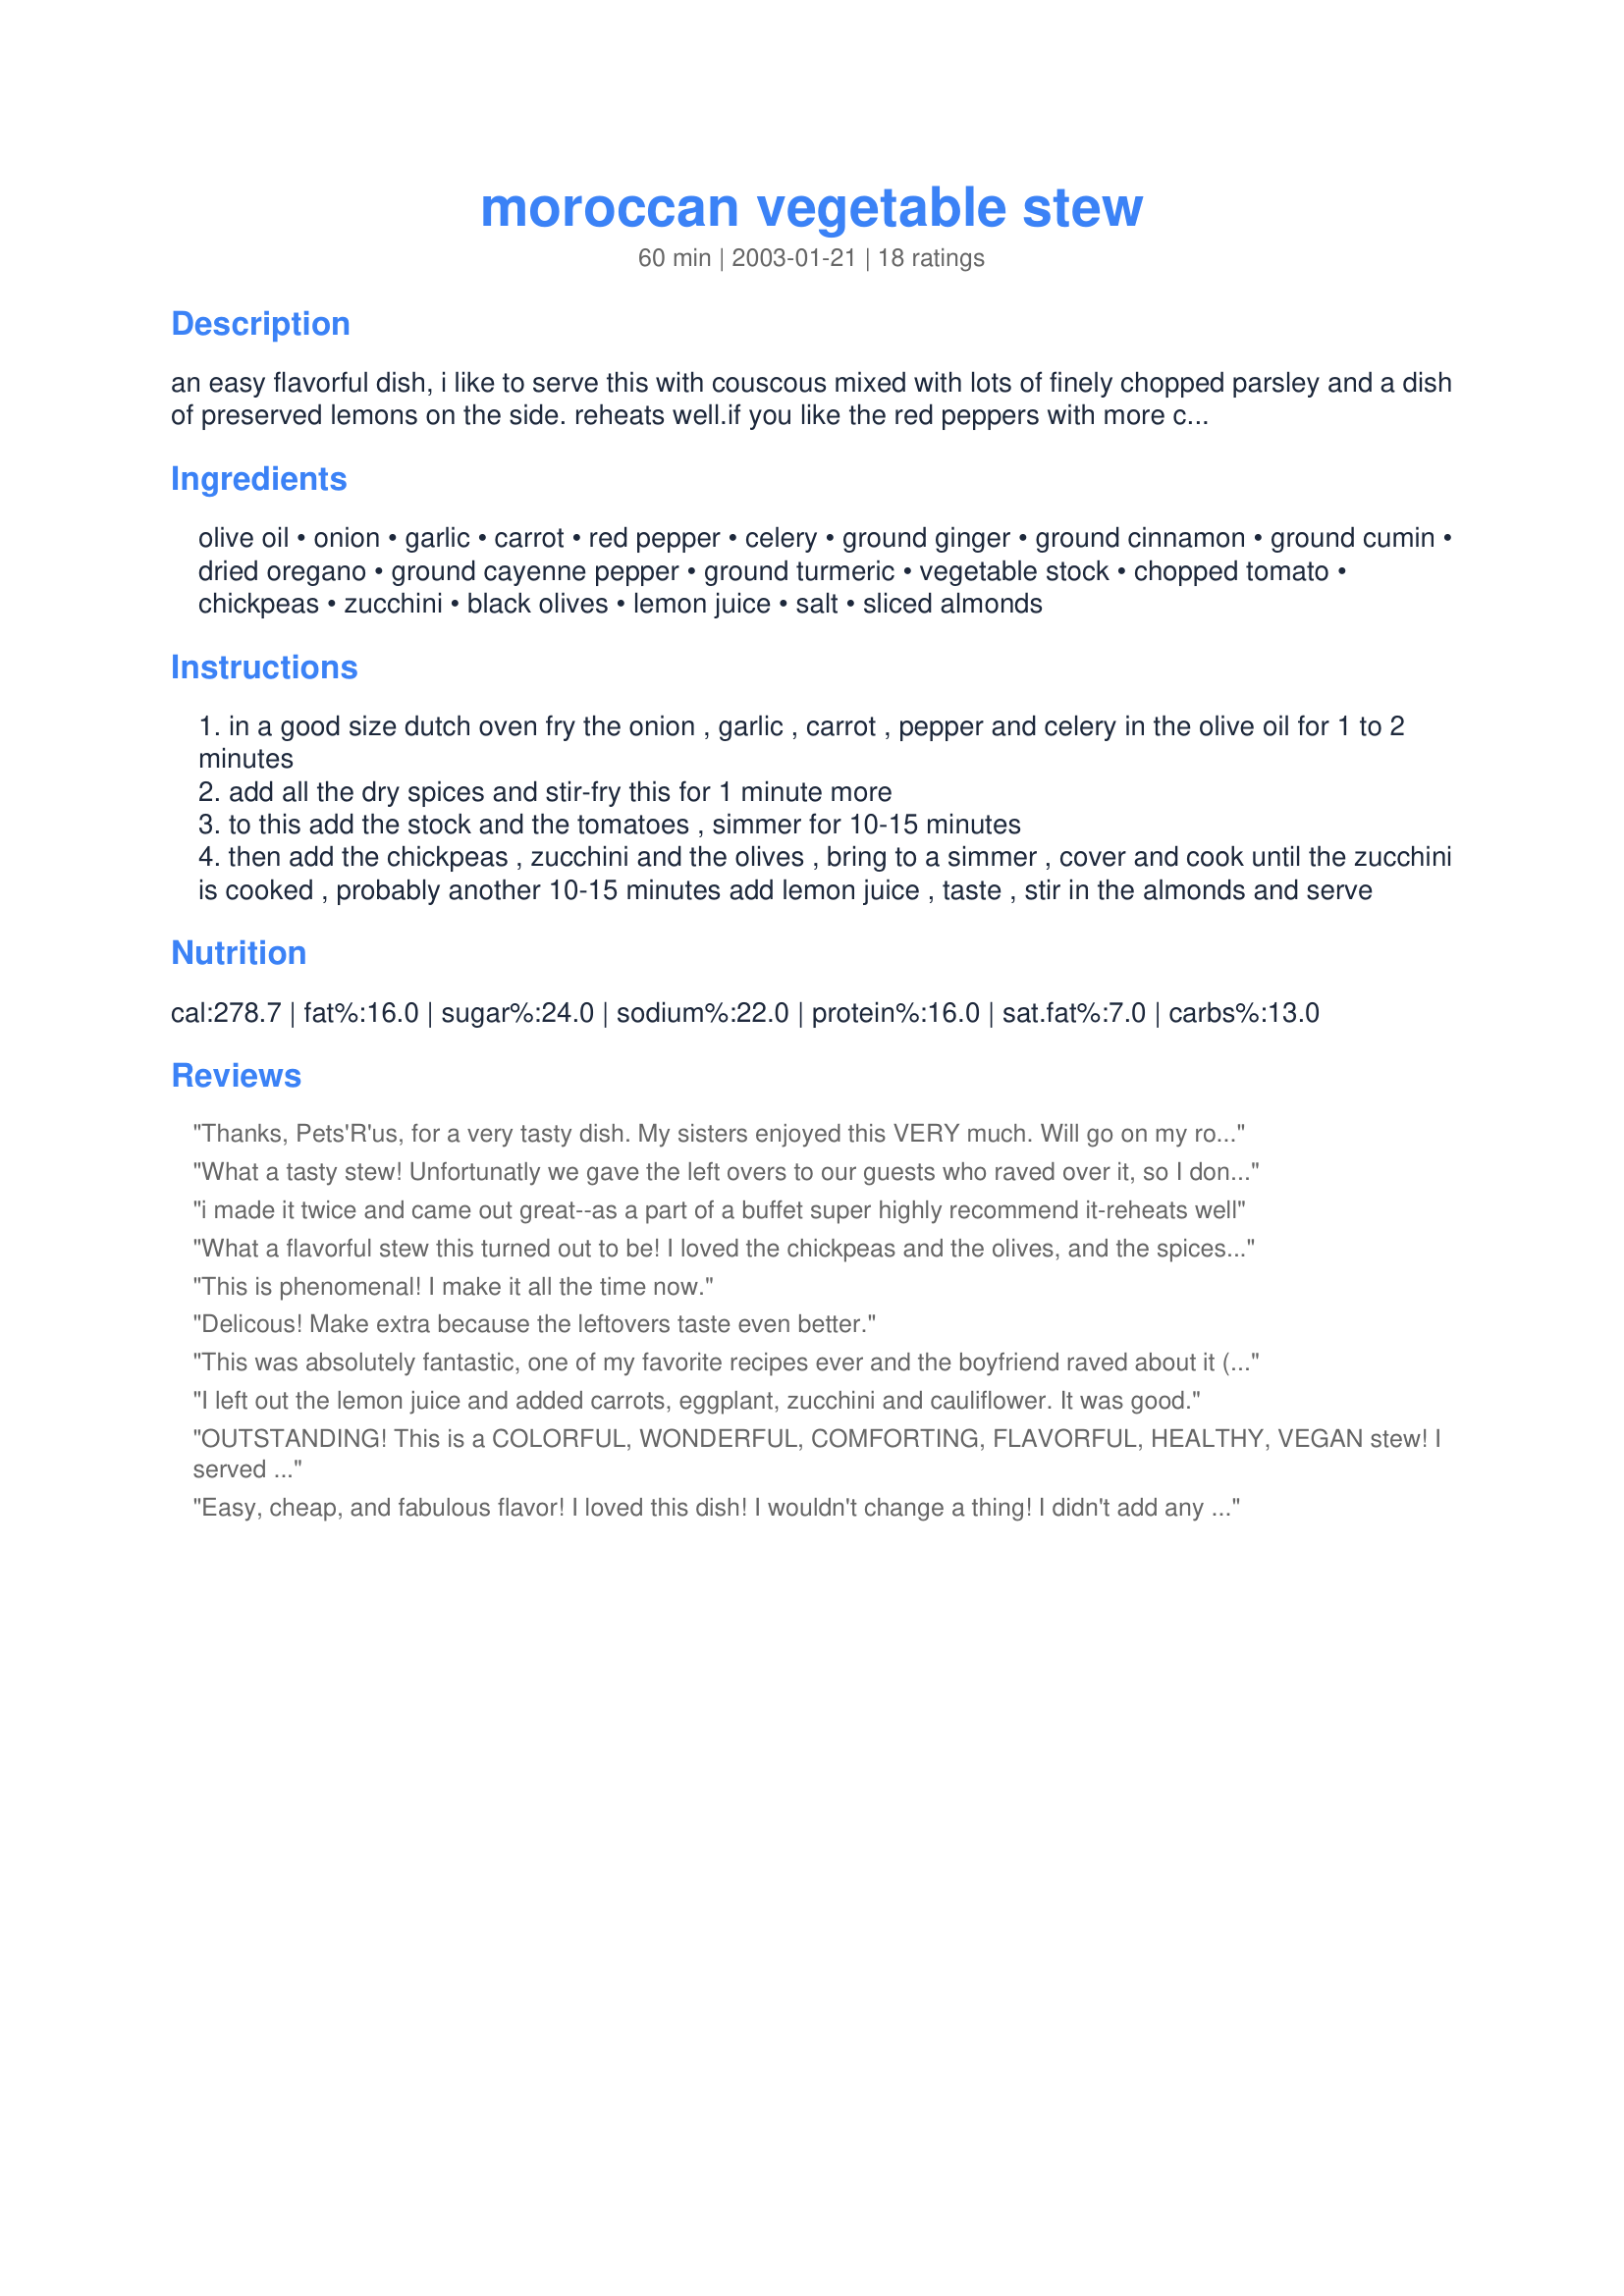
moroccan vegetable stew
Preparation time: 60 minutes

an easy flavorful dish, i like to serve this with couscous mixed with lots of finely chopped parsley and a dish of preserved lemons on the side. reheats well.if you like the red peppers with more crunch, add them to the dish when you put the zucchini in.

Ingredients:
olive oil, onion, garlic, carrot, red pepper, celery, ground ginger, ground cinnamon, ground cumin, dried oregano, ground cayenne pepper, ground turmeric, vegetable stock, chopped tomato, chickpeas, zucchini, black olives, lemon juice, salt, sliced almonds

Steps:
in a good size dutch oven fry the onion , garlic , carrot , pepper and celery in the olive oil for 1 to 2 minutes
add all the dry spices and stir-fry this for 1 minute more
to this add the stock and the tomatoes , simmer for 10-15 minutes
then add the chickpeas , zucchini and the olives , bring to a simmer , cover and cook until the zucchini is cooked , probably another 10-15 minutes add lemon juice , taste , stir in the almonds and serve

Reviews:
Thanks, Pets'R'us, for a very tasty dish. My sisters enjoyed this VERY much. Will go on my rotation.
What a tasty stew! Unfortunatly we gave the left overs to our guests who raved over it, so I don't have any for lunch today! Thanks for sharing your recipe.
i made it twice and came out great--as a part of a buffet super

highly recommend it-reheats well
What a flavorful stew this turned out to be! I loved the chickpeas and the olives, and the spices were excellent! Lemon squeezed over the top finishes it off nicely! Thanks for this recipe! I left out the almonds so my DH could eat it.
This is phenomenal! I make it all the time now.
Delicous! Make extra because the leftovers taste even better.
This was absolutely fantastic, one of my favorite recipes ever and the boyfriend raved about it (he's not the one watching his weight either!). Have to agree that cooked chickpeas are better than the ones in a tin. I don't think the almonds are necessary but that's just my opinion. This dish has the perfect amount of heat and the spices are perfect. Great texture. Thinking about making this again makes my mouth water.
I left out the lemon juice and added carrots, eggplant, zucchini and cauliflower. It was good.
OUTSTANDING! This is a COLORFUL, WONDERFUL, COMFORTING, FLAVORFUL, HEALTHY, VEGAN stew! I served this over brown rice and nothing else was needed. I mixed the leftover rice and stew together for the next day. I made it as directed but used less cayenne and added black pepper. THANKS FOR THIS KEEPER RECIPE! Made for the Holiday tag game.
Easy, cheap, and fabulous flavor! I loved this dish! I wouldn't change a thing! I didn't add any salt (husband did, but he quadruple salts everything), and left out the red pepper (didn't have any handy). We ate this over brown rice. This stew had loads of flavor for little expense or effort! Can't wait to eat the rest for lunch tomorrow!
This was quite yummy! Tried this recipe tonight, because it reminded me of a recipe that I make quite often. I decided to post my recipe tonight since this reminded me of it! You should try it!!! (Vegetable Stew With a Kick).
Thanks for the recipe!!!
This stew had a very flavorful blend of savory and sweet spices and vegetables. I used the maximum recommended amount of liquid but could also see using less according to taste. I included both the almonds and olives (an imported mix) and although these ingredients added to the fat content of the recipe they are "good" fats. Also, as you can see, lots of vitamins A & C so this gets high marks healthwise too. I served over brown rice because I forgot to pick up couscous. I tasted it before all the ingredients were added and thought maybe it had too much cayenne, but in the end the spices turned out perfect. It was also quite filling and colorful. Great all around. Thank you too, Pets! And thanks for letting me post my first picture of a recipe too.
As I sit eating this for lunch at work I had to add a review. This is outstanding. I made a pot and froze it and it held up great. I have made this recipe about 10 times (no almonds) and it is my favorite lunchtime soup. The mix of spices is just right and the soup has a beautiful golden yellow color. This last time I added tofu and it took on the flavors of the spices nicely. In my recipebook this is labeled "guestworthy".
I've made this stew three times and everyone has loved it. I just noticed that the last time, I added about four times the normal amount of sliced almonds. This makes it a thicker stew, but it was still delicious.
This was great! I used eggplant in place of zucchini simply because I had it on hand - it worked great. I served it over couscous. I'll certainly be making it again soon!

Danielle
Delicious, colourful and well appreciated by all the members of my household! Cooked chickpeas are far superior to tinned - I would recommend using them every time. Thanks very much for posting - will definitely be making this again! :-)
This is an easy and fairly quick dish to prepare. The flavor is excellent. I used a medley of red, green and yellow peppers and did not use the olives. I did have to add more liquid as it simmered. Pets, thank you for sharing this delicious recipe!
Wonderful! This dish is very easy to prepare and tastes divine. I served this over couscous for a Moroccan meal and it went over very well. I can see making this frequently as it was loved by all. Thanks Pets!
